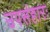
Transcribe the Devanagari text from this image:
उपसंहारः